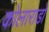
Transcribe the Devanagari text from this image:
कोलाराडो